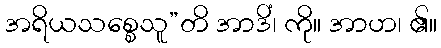
အရိယသစ္စေသူ”တိ အာဒိံ၊ ကို။ အာဟ၊ ၏။